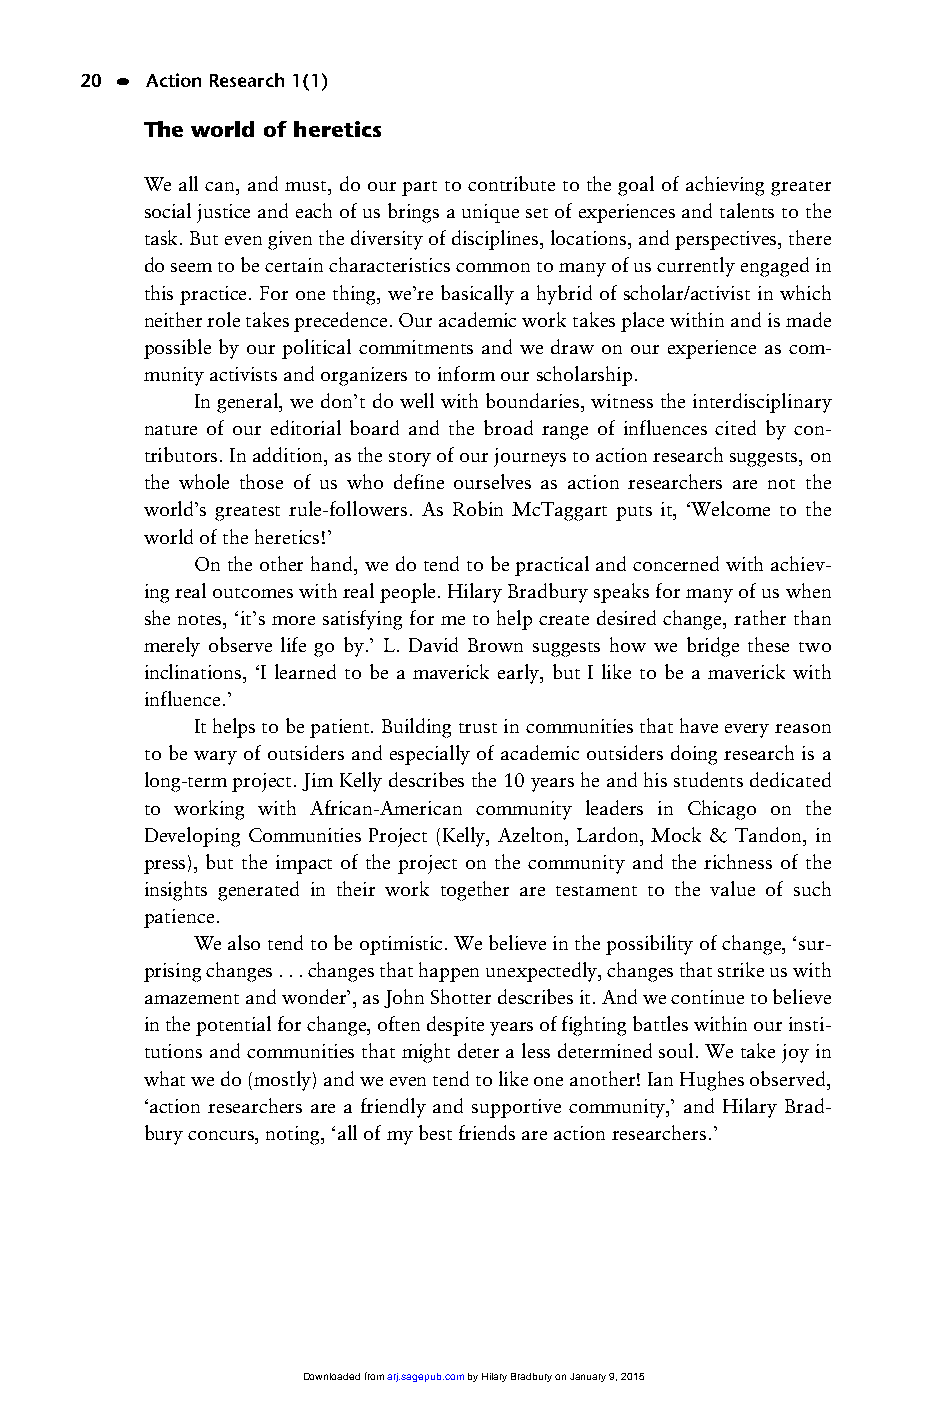
01_ARJ 1/1 16/6/03 9:37 am Page 20
 20 • Action Research 1(1)
 The world of heretics
 We all can, and must, do our part to contribute to the goal of achieving greater
 social justice and each of us brings a unique set of experiences and talents to the
 task. But even given the diversity of disciplines, locations, and perspectives, there
 do seem to be certain characteristics common to many of us currently engaged in
 this practice. For one thing, we’re basically a hybrid of scholar/activist in which
 neither role takes precedence. Our academic work takes place within and is made
 possible by our political commitments and we draw on our experience as com-
 munity activists and organizers to inform our scholarship.
 In general, we don’t do well with boundaries, witness the interdisciplinary
 nature of our editorial board and the broad range of influences cited by con-
 tributors. In addition, as the story of our journeys to action research suggests, on
 the whole those of us who define ourselves as action researchers are not the
 world’s greatest rule-followers. As Robin McTaggart puts it, ‘Welcome to the
 world of the heretics!’
 On the other hand, we do tend to be practical and concerned with achiev-
 ing real outcomes with real people. Hilary Bradbury speaks for many of us when
 she notes, ‘it’s more satisfying for me to help create desired change, rather than
 merely observe life go by.’ L. David Brown suggests how we bridge these two
 inclinations, ‘I learned to be a maverick early, but I like to be a maverick with
 influence.’
 It helps to be patient. Building trust in communities that have every reason
 to be wary of outsiders and especially of academic outsiders doing research is a
 long-term project. Jim Kelly describes the 10 years he and his students dedicated
 to working with African-American community leaders in Chicago on the
 Developing Communities Project (Kelly, Azelton, Lardon, Mock & Tandon, in
 press), but the impact of the project on the community and the richness of the
 insights generated in their work together are testament to the value of such
 patience.
 We also tend to be optimistic. We believe in the possibility of change, ‘sur-
 prising changes . . . changes that happen unexpectedly, changes that strike us with
 amazement and wonder’, as John Shotter describes it. And we continue to believe
 in the potential for change, often despite years of fighting battles within our insti-
 tutions and communities that might deter a less determined soul. We take joy in
 what we do (mostly) and we even tend to like one another! Ian Hughes observed,
 ‘action researchers are a friendly and supportive community,’ and Hilary Brad-
 bury concurs, noting, ‘all of my best friends are action researchers.’
 Downloaded from arj.sagepub.com by Hilary Bradbury on January 9, 2015